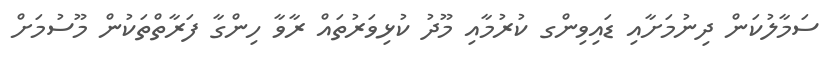
ސަމާލުކަން ދިނުމަށާއި ޑައިވިންގ ކުރުމާއި މޫދު ކުޅިވަރުތައް ރާވާ ހިންގާ ފަރާތްތަކުން މޫސުމަށް